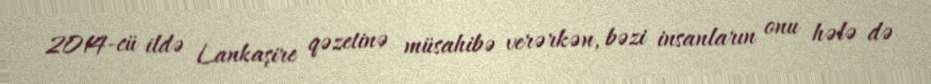
2014-cü ildə Lankaşire qəzetinə müsahibə verərkən, bəzi insanların onu hələ də